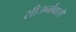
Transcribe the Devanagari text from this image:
सीजर्नोवासी